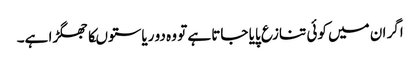
اگر ان میں کوئی تنازع پایا جاتا ہے تو وہ دو ریاستوںکا جھگڑا ہے۔